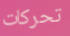
تحركات